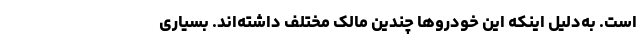
است. به‌دلیل اینکه این خودروها چندین مالک مختلف داشته‌اند. بسیاری